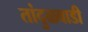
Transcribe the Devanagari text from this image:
तांदुळवाडी